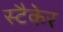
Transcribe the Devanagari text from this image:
स्टैकेर